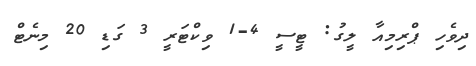
ދިވެހި ޕްރިމިއާ ލީގު: ޓީސީ 4-1 ވިކްޓަރީ 3 ގަޑި 20 މިނެޓް